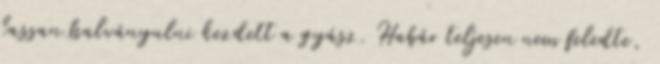
lassan halványulni kezdett a gyász. Habár teljesen nem feledte,